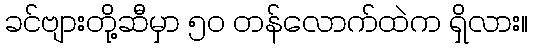
ခင်ဗျားတို့ဆီမှာ ၅၀ တန်လောက်ထဲက ရှိလား။